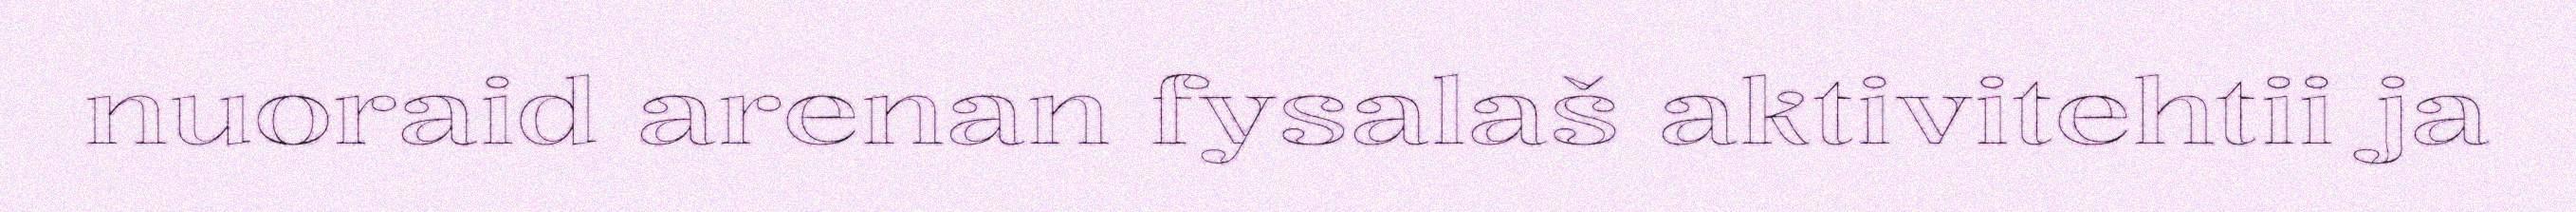
nuoraid arenan fysalaš aktivitehtii ja